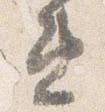
違